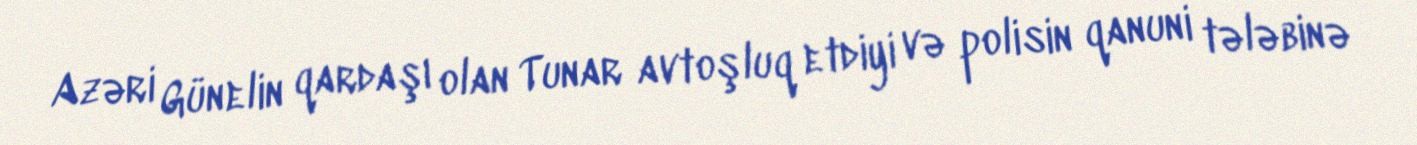
Azəri Günelin qardaşı olan Tunar avtoşluq etdiyi və polisin qanuni tələbinə